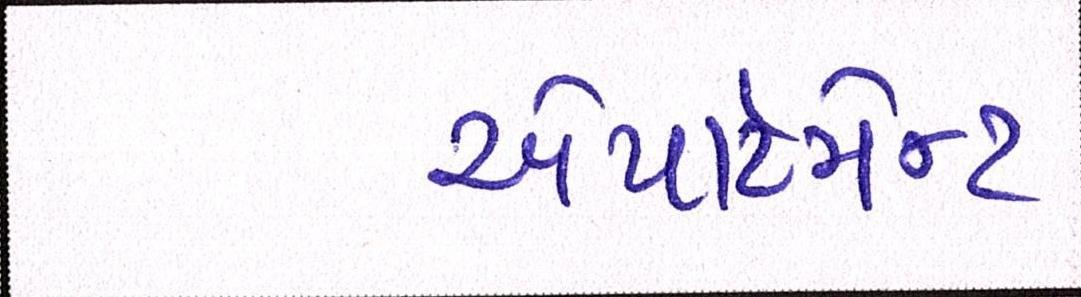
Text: એપાર્ટમેન્ટ